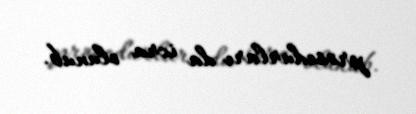
prosedurları da icra olunub.